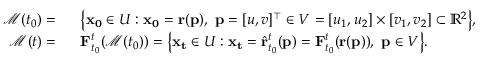
\begin{array} { r l } { \mathcal { M } ( t _ { 0 } ) = } & { { } \ \ \big \{ \mathbf { x _ { 0 } } \in U : \mathbf { x _ { 0 } } = \mathbf { r } ( \mathbf { p } ) , \ \mathbf { p } = [ u , v ] ^ { \top } \in V = [ u _ { 1 } , u _ { 2 } ] \times [ v _ { 1 } , v _ { 2 } ] \subset \mathbb { R } ^ { 2 } \big \} , } \\ { \mathcal { M } ( t ) = } & { { } \ \ \mathbf { F } _ { t _ { 0 } } ^ { t } ( \mathcal { M } ( t _ { 0 } ) ) = \big \{ \mathbf { x _ { t } } \in U : \mathbf { x _ { t } } = \hat { \mathbf { r } } _ { t _ { 0 } } ^ { t } ( \mathbf { p } ) = \mathbf { F } _ { t _ { 0 } } ^ { t } ( \mathbf { r } ( \mathbf { p } ) ) , \ \mathbf { p } \in V \big \} . } \end{array}